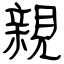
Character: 親